Code of medical and sanitary regulations for the guidance of medical officers serving in the Madras Presidency - Volume II
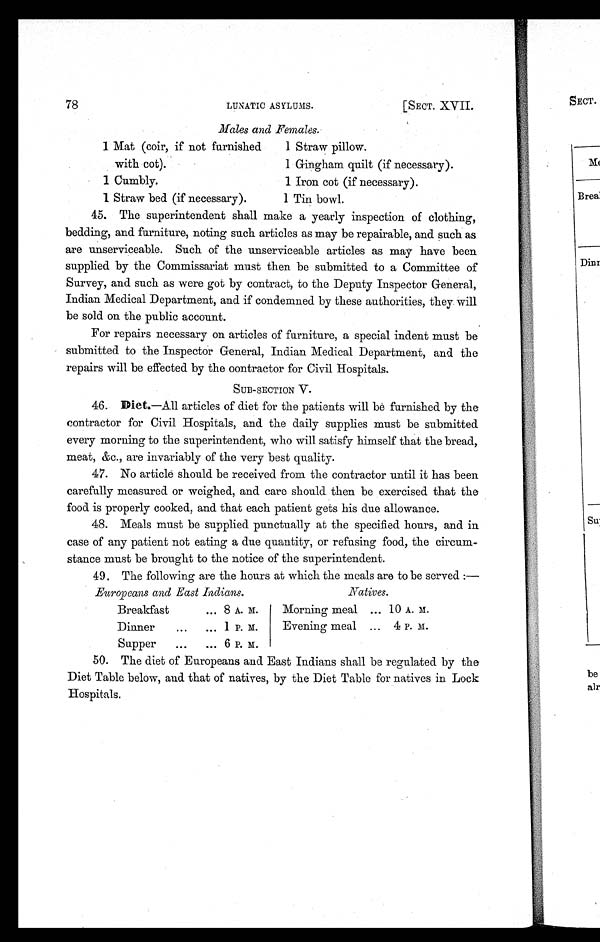
78
LUNATIC ASYLUMS.
[SECT. XVII.
Males and Females.
1 Mat (coir, if not furnished
with cot).
1 Straw pillow.
1 Gingham quilt (if necessary).
1 Cumbly.
1 Iron cot (if necessary).
1 Straw bed (if necessary).
1 Tin bowl.
45. The superintendent shall make a yearly inspection of Clothing,
bedding, and furniture, noting such articles as may be repairable, and such as
are unserviceable. Such of the unserviceable articles as may have been
supplied by the Commissariat must then be submitted to a Committee of
Survey, and such as were got by contract, to the Deputy Inspector General,
Indian Medical Department, and if condemned by these authorities, they will
be sold on the public account.
For repairs necessary on articles of furniture, a special indent must be
submitted to the Inspector General, Indian Medical Department, and the
repairs will be effected by the oontractor for Civil Hospitals.
SUB-SECTION V.
46. Diet. —All articles of diet for the patients will be furnished by the
contractor for Civil Hospitals, and the daily supplies must be submitted
every morning to the superintendent, who will satisfy himself that the bread,
m e a t , & a m p ; c . , a r e i n v a r i a b l y o f t h e v e r y b e s t q u a l i t y .
47. No article should be received from the contractor until it has been
carefully measured or weighed, and care should then be exercised that the
food is properly cooked, and that each patient gets his due allowance.
48. Meals must be supplied punctually at the specified hours, and in
case of any patient not eating a due quantity, or refusing food, the circum-
stance must be brought to the notice of the superintendent.
49. The following are the hours at which the meals are to be served:—
Europeans and East Indians.
Natives.
Breakfast
... 8 A. M.
Morning meal ... 10 A. M.
Dinner
...
... 1 P. M.
Evening meal ... 4 P. M.
Supper
...
... 6 P. M.
50. The diet of Europeans and East Indians shall be regulated by the
Diet Table below, and that of natives, by the Diet Table for natives in Lock
Hospitals.